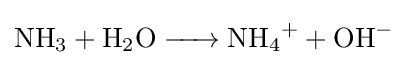
{\ce {NH3 + H2O -> NH4+ + OH-}}